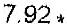
7.92 *